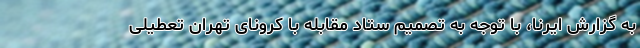
به گزارش ایرنا، با توجه به تصمیم ستاد مقابله با کرونای تهران تعطیلی